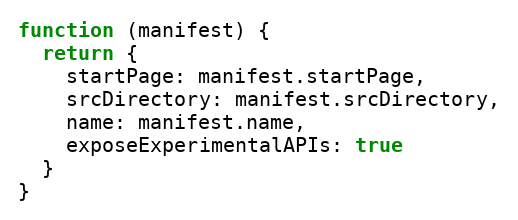
Language: JavaScript
function (manifest) {
  return {
    startPage: manifest.startPage,
    srcDirectory: manifest.srcDirectory,
    name: manifest.name,
    exposeExperimentalAPIs: true
  }
}